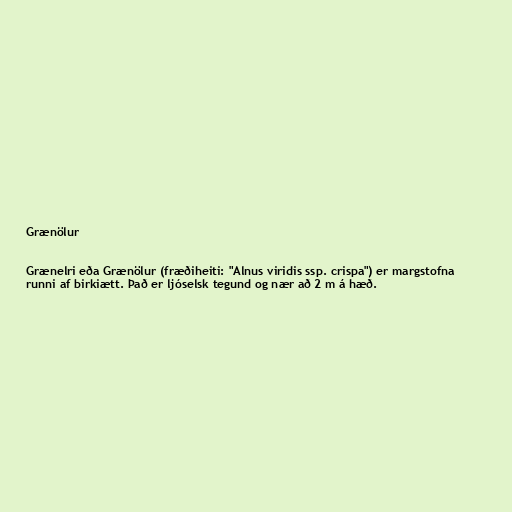
Grænölur

Grænelri eða Grænölur (fræðiheiti: "Alnus viridis ssp. crispa") er margstofna
runni af birkiætt. Það er ljóselsk tegund og nær að 2 m á hæð.